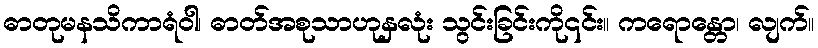
ဓာတုမနသိကာရံဝါ၊ ဓာတ်အစုသာဟုနှလုံး သွင်းခြင်းကို၎င်း။ ကရောန္တော၊ လျက်။